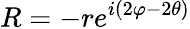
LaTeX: R=-re^{i(2\varphi-2\theta)}